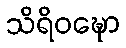
သိရိဝဍ္ဎော